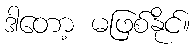
ဒါတော့ မဖြစ်နိုင်။